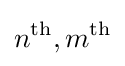
n^{\text{th}},m^{\text{th}}